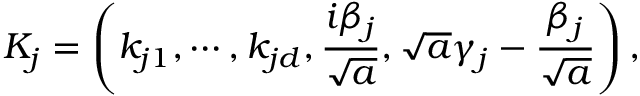
K _ { j } = \left( k _ { j 1 } , \cdots , k _ { j d } , \frac { i \beta _ { j } } { \sqrt { a } } , \sqrt { a } \gamma _ { j } - \frac { \beta _ { j } } { \sqrt { a } } \right) ,